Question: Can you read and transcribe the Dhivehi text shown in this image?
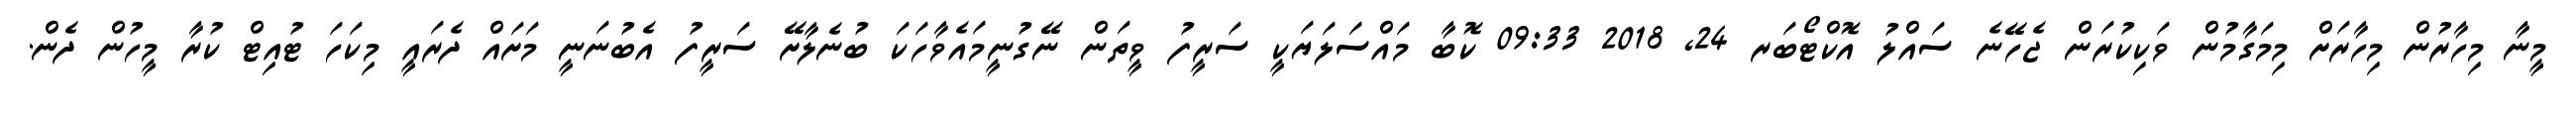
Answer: މީނާ މިހާރުން މިހާރަށް މިމަގާމުން ވަކިކުރަން ޖެހޭނެ ސައްލު އޮކްޓޯބަރ 24, 2018 09:33 ކޮބާ މައްސަލަޔަކީ ސަރީފު ވީތަން ނޭގުނީމައެވާހަކަ ބުނެލާށޭ ސަރީފު އެބުނަނީ މަށައް ދެރައީ މިކަހަ ޓުއިޓް ކުރާ މީހުން ދެން.